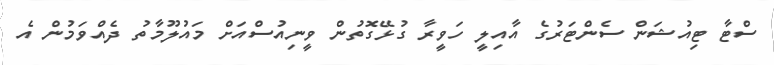
ސްޓާ ޓިއުޝަން ސެންޓަރުގެ އާއިލީ ހަވީރާ ގުޅޭގޮތުން ވީނިއުސްއަށް މައުލޫމާތު ދެއްވަމުން އެ